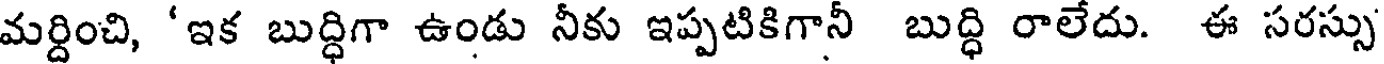
మర్దించి, 'ఇక బుద్ధిగా ఉండు నీకు ఇప్పటికిగానీ బుద్ధి రాలేదు. ఈ సరస్సు